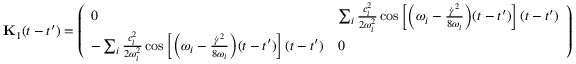
\mathbf { { K } } _ { 1 } ( t - t ^ { \prime } ) = \left( \begin{array} { l l } { 0 } & { \sum _ { i } \frac { c _ { i } ^ { 2 } } { 2 \omega _ { i } ^ { 2 } } \cos \left[ \Bigl ( \omega _ { i } - \frac { \dot { \gamma } ^ { 2 } } { 8 \omega _ { i } } \Bigr ) ( t - t ^ { \prime } ) \right] ( t - t ^ { \prime } ) } \\ { - \sum _ { i } \frac { c _ { i } ^ { 2 } } { 2 \omega _ { i } ^ { 2 } } \cos \left[ \Bigl ( \omega _ { i } - \frac { \dot { \gamma } ^ { 2 } } { 8 \omega _ { i } } \Bigr ) ( t - t ^ { \prime } ) \right] ( t - t ^ { \prime } ) } & { 0 } \end{array} \right)